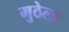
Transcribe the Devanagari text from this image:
मुठेला